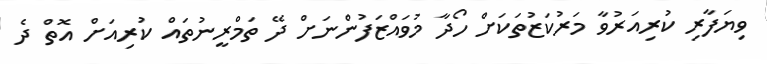
ވިޔަފާރި ކުރިއަރުވާ މަރުކަޒުތަކަށް ހޯދާ މުވައްޒަފުންނަށް ދޭ ތަމްރީނުތައް ކުރިއަށް އޮތް ދެ